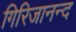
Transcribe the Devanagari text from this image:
गिरिजानन्द